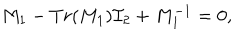
LaTeX: M _ { 1 } - T r ( M _ { 1 } ) { \cal I } _ { 2 } + M _ { 1 } ^ { - 1 } = 0 ,